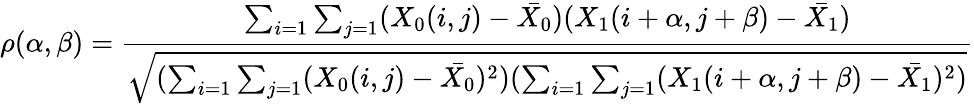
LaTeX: \rho(\alpha,\beta)={\frac{\sum_{i=1}\sum_{j=1}(X_{0}(i,j)-{\bar{X_{0}}})(X_{1}(i+\alpha,j+\beta)-{\bar{X_{1}}})}{\sqrt{(\sum_{i=1}\sum_{j=1}(X_{0}(i,j)-{\bar{X_{0}}})^{2})(\sum_{i=1}\sum_{j=1}(X_{1}(i+\alpha,j+\beta)-{\bar{X_{1}}})^{2})}}}